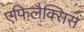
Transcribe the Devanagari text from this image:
एफिलैक्सिस